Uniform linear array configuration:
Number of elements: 24
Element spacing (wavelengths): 0.75
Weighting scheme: uniform
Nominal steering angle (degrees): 30
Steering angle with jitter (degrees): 30.405
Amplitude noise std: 0.05
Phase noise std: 0.05

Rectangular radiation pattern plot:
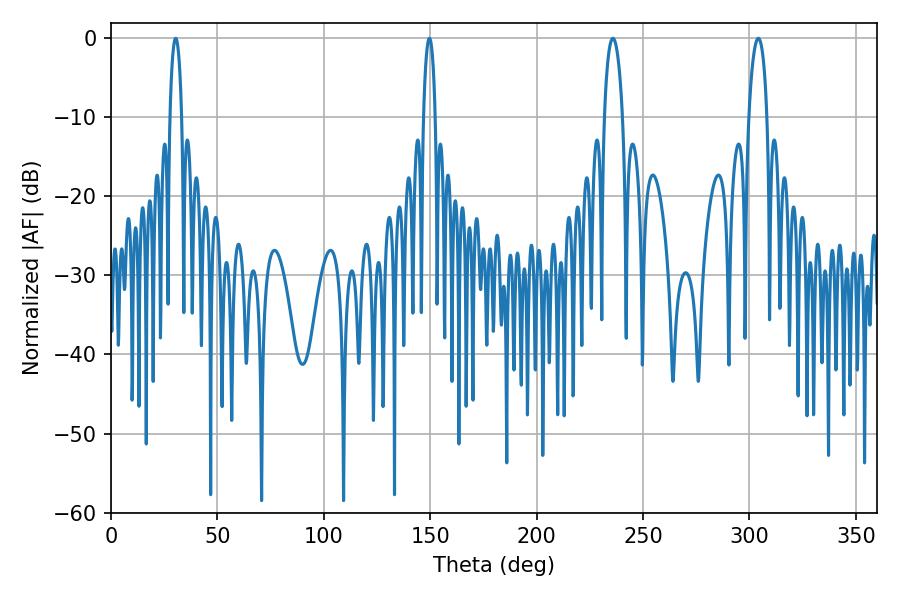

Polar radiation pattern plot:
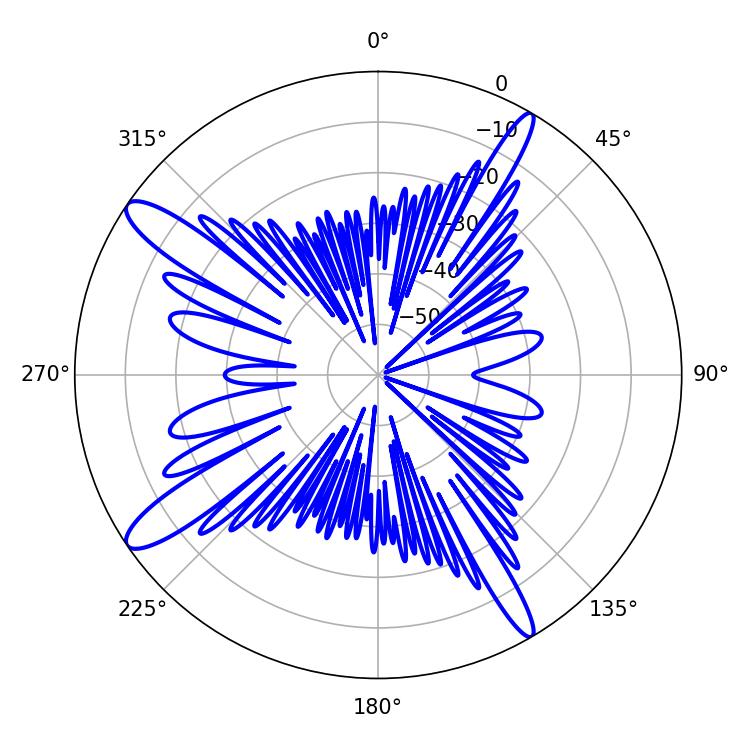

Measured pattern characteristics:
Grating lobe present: TRUE
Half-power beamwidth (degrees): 4.86
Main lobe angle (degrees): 235.8